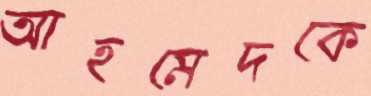
আহমেদকে